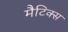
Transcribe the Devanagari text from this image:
मैटिक्स